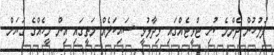
ފުލުހުން ދެންމެ ކުރި ޓްވީޓެއްގައި ވިދާޅުވީ ސައިކަލެއް މަތީގައި އިން މީހެއްގެ ގަޔަށް